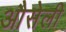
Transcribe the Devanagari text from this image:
औसेली